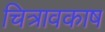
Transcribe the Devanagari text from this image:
चित्रावकाष